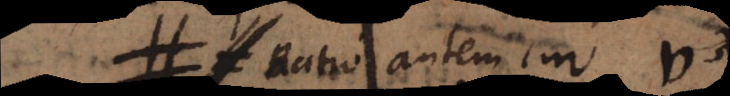
Ratio autem cur v,